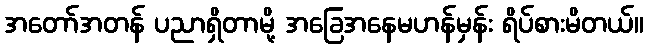
အတော်အတန် ပညာရှိတာမို့ အခြေအနေမဟန်မှန်း ရိပ်စားမိတယ်။